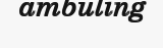
ambuling